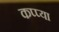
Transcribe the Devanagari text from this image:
कप्प्या